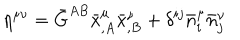
\eta ^ { \mu \nu } = \bar { G } ^ { A B } \bar { x } _ { , A } ^ { \mu } \bar { x } _ { , B } ^ { \nu } + \delta ^ { i j } \bar { n } _ { i } ^ { \mu } \bar { n } _ { j } ^ { \nu }